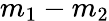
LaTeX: m_{1}-m_{2}